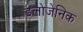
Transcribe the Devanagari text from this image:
डलोजेनिक